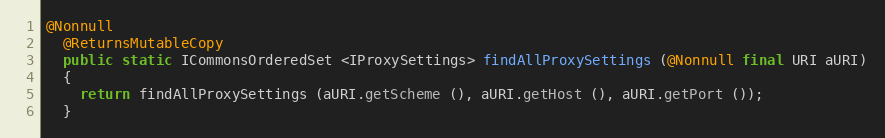
Language: Java
@Nonnull
  @ReturnsMutableCopy
  public static ICommonsOrderedSet <IProxySettings> findAllProxySettings (@Nonnull final URI aURI)
  {
    return findAllProxySettings (aURI.getScheme (), aURI.getHost (), aURI.getPort ());
  }